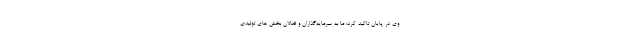
وی در پایان تاکید کرد: ما به سرمایه‌گذاران و فعالان بخش های تولیدی